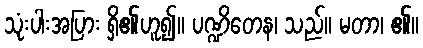
သုံးပါးအပြား ရှိ၏ဟူ၍။ ပဏ္ဍိတေန၊ သည်။ မတာ၊ ၏။